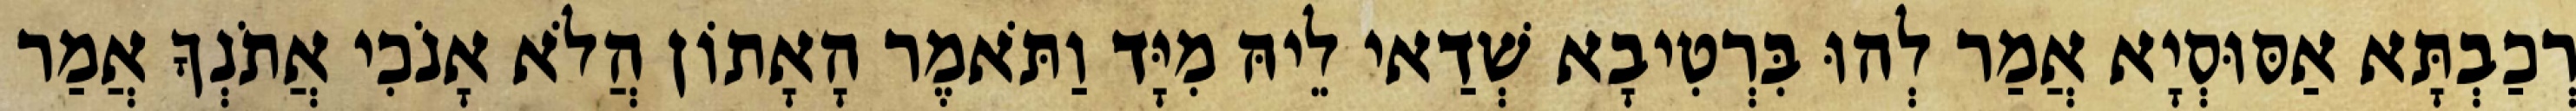
רְכַבְתָּא אַסּוּסְיָא אֲמַר לְהוּ בִּרְטִיבָא שְׁדַאי לֵיהּ מִיָּד וַתֹּאמֶר הָאָתוֹן הֲלֹא אָנֹכִי אֲתֹנְךָ אֲמַר